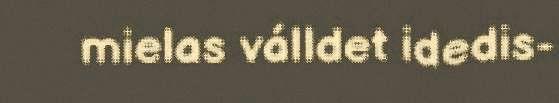
mielas válldet idedis-